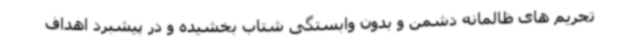
تحریم های ظالمانه دشمن و بدون وابستگی شتاب بخشیده و در پیشبرد اهداف